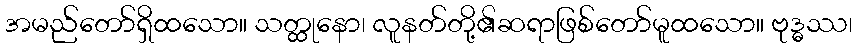
အမည်တော်ရှိထသော။ သတ္ထုနော၊ လူနတ်တို့၏ဆရာဖြစ်တော်မူထသော။ ဗုဒ္ဓဿ၊